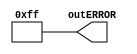
module errorSpacePush(outERROR);

output [11:0]outERROR=11'hff;

endmodule